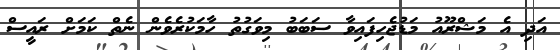
އަދި އެ މަޝްރޫއު މަޑުޖެހިފައިވާ ސަބަބު މިވަގުތު ހާމަކުރެވެން ނެތް ކަމަށް ރައީސް